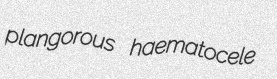
plangorous haematocele